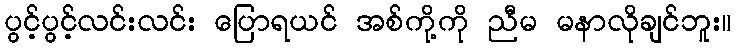
ပွင့်ပွင့်လင်းလင်း ပြောရယင် အစ်ကို့ကို ညီမ မနာလိုချင်ဘူး။